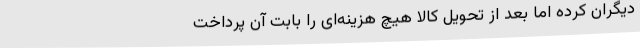
دیگران کرده اما بعد از تحویل کالا هیچ هزینه‌ای را بابت آن پرداخت